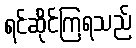
ရင်ဆိုင်ကြရသည်